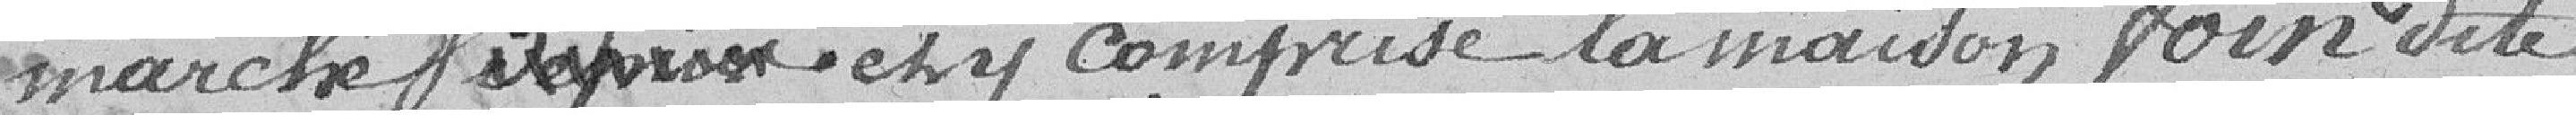
marché jusque et y comprise la maison, Foin dite